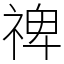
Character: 禆